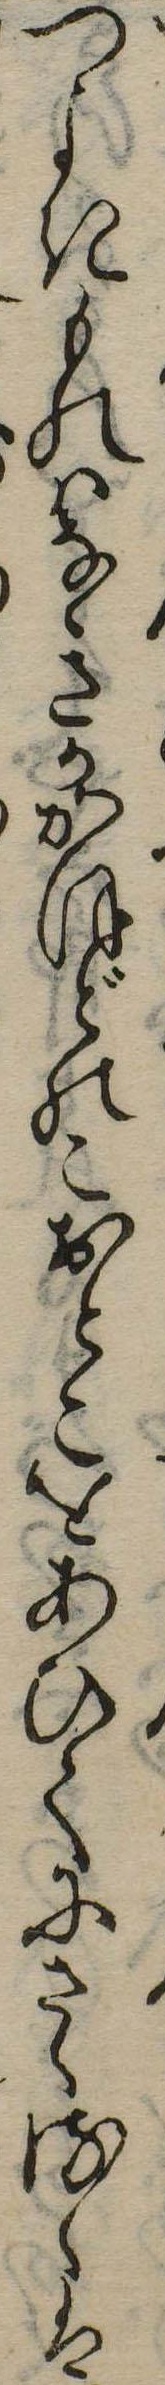
つよきものはなきかかほどのこおとこをあひてにさゝるゝは